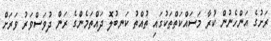
ރަށުގެ އަންހެނުން ކުރާ މަސައްކަތްތަކުގައި ތުއްތު ކަނބުލޮ ދައްތަމެންގެ ރަން ދުވަސްވަރު ވަރަށް